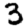
Digit: 3